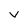
Character: v